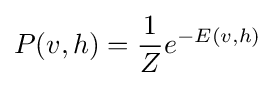
P(v,h)={\frac {1}{Z}}e^{-E(v,h)}